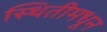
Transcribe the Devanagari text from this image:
स्थितीमधून